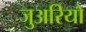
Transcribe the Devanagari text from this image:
जुअरियो